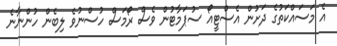
އެ މަސައްކަތުގެ ދަށުން އެސްޓީއޯ ސުޕަމާޓުން ވެސް ރޯމަސް ހުސްނުވެ ލިބެން ހުންނާނެ